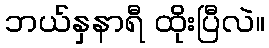
ဘယ်နှနာရီ ထိုးပြီလဲ။